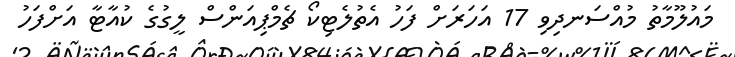
މައުލޫމާތު މުއްސަނދިވި 17 އަހަރަށް ފަހު އެތުލެޓިކޯ ޗެމްޕިއަންސް ލީގުގެ ކުއާޓާ އަށްފަހު